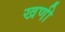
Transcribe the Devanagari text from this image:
खणी